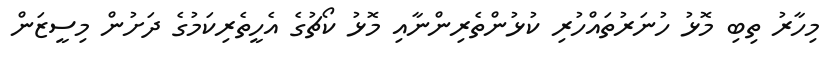
މިހާރު ތިބި މޮޅު ހުނަރުތައްހުރި ކުޅުންތެރިންނާއި މޮޅު ކޯޗުގެ އެހީތެރިކަމުގެ ދަށުން މިސީޒަން